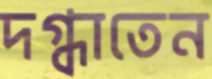
দগ্ধাতেন